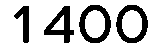
1400